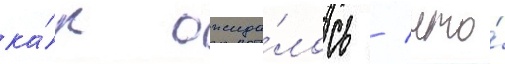
ка́к ожида́лось / что́